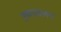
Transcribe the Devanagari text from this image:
उष्णावलय